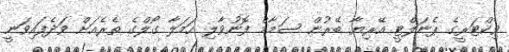
ވިކްޓަރީގެ ޕެނަލްޓީ އޭރިޔާ ބޭރުން ސަމާމް ފޮނުވާލި ހަމަލާ ގޯލްގެ ތެރެއަށް ވަދެފައިވަނީ